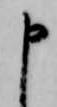
申